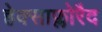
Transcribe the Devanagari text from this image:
हेक्साफ्लोरैद